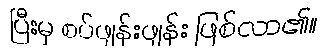
ပြီးမှ စပ်ဖျန်းဖျန်း ဖြစ်လာ၏။